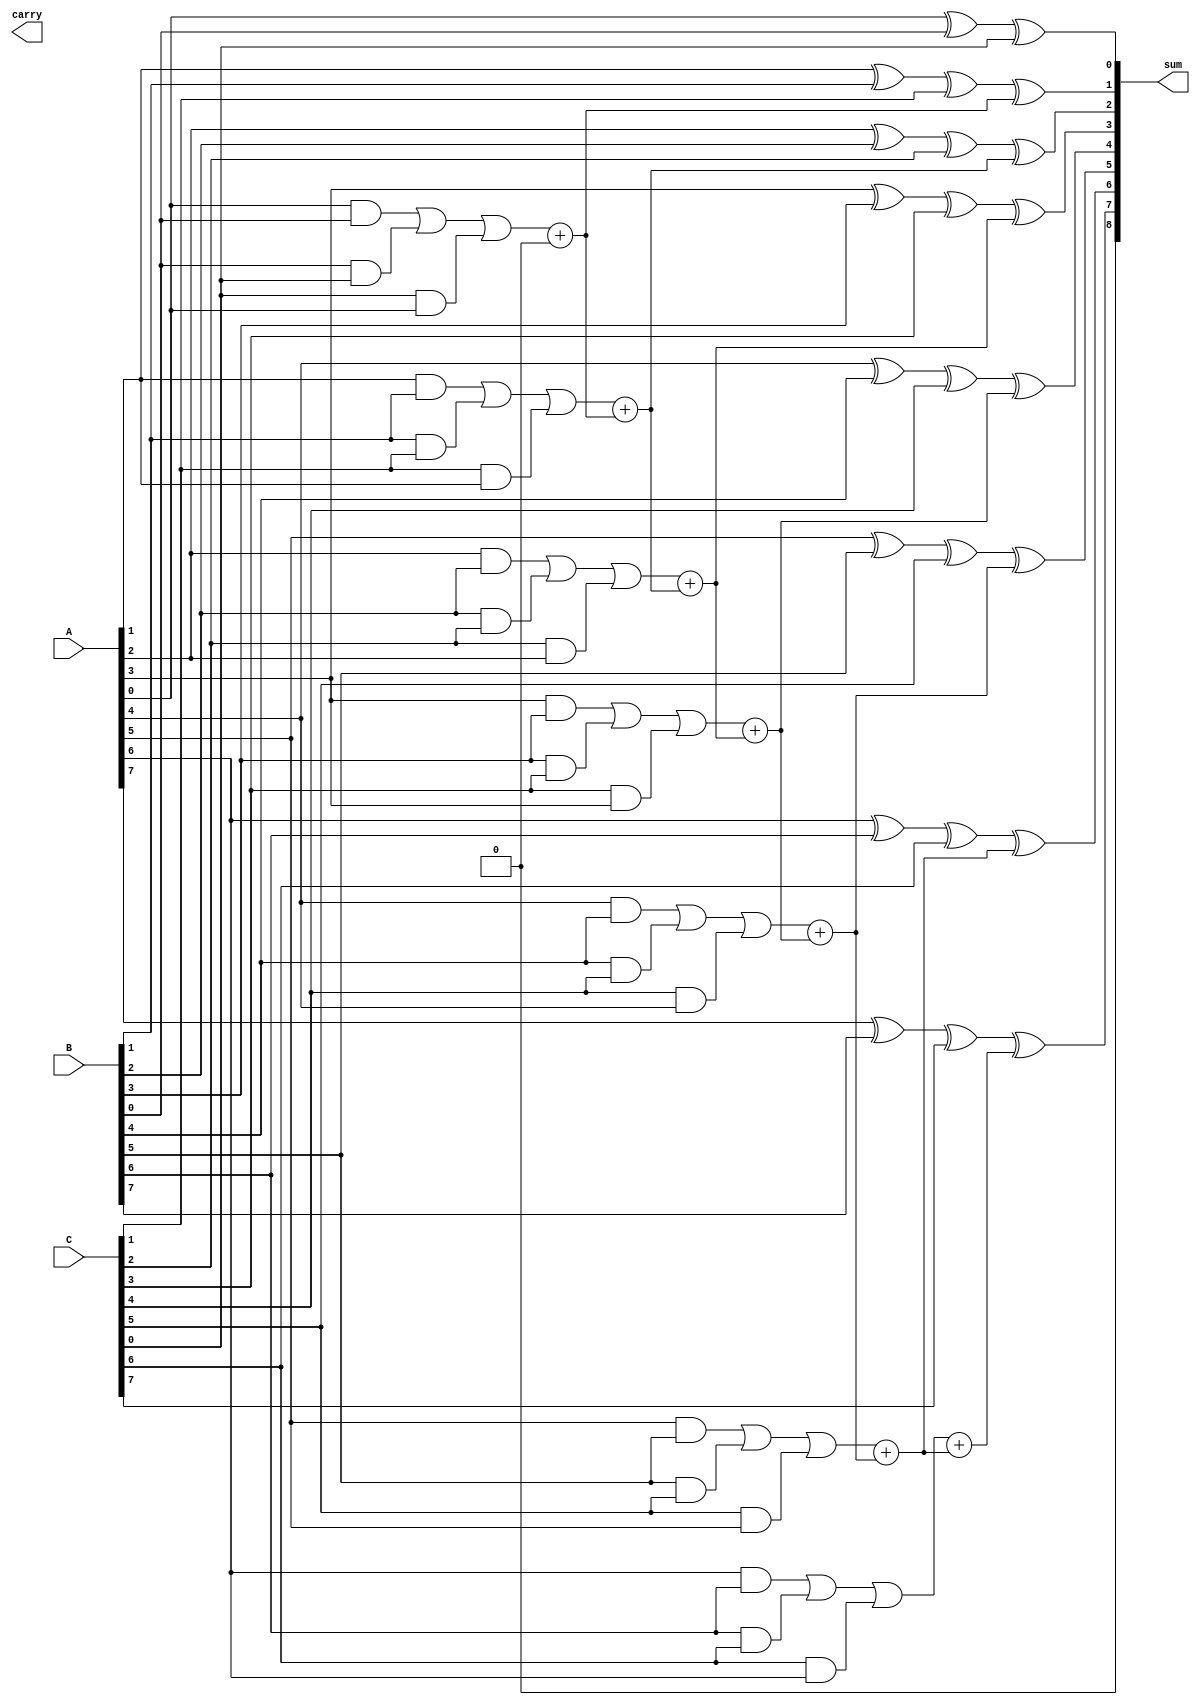
module carry_save_adder #(
    parameter N = 8 // Number of bits for the operands
) (
    input  [N-1:0] A, 
    input  [N-1:0] B, 
    input  [N-1:0] C, 
    output [N:0] sum, 
    output carry
);

    wire [N-1:0] P; // Partial sums
    wire [N-1:0] G; // Generate carries

    // Full adder logic for three operands
    genvar i;
    generate
        for (i = 0; i < N; i = i + 1) begin : full_adder
            assign P[i] = A[i] ^ B[i] ^ C[i]; // Partial sum
            assign G[i] = (A[i] & B[i]) | (B[i] & C[i]) | (C[i] & A[i]); // Carry
        end
    endgenerate
    
    // Reduction Tree to sum the partial sums and carries
    wire [N:0] carry_out;
    wire [N-1:0] partial_sums;
    
    // First stage: Combine partial sums & carries
    assign carry_out[0] = 1'b0; // Initial carry in is zero
    generate
        for (i = 0; i < N; i = i + 1) begin : reduction_tree
            if (i < N - 1) begin
                assign carry_out[i + 1] = G[i] + carry_out[i]; // Sum carries
            end
            assign partial_sums[i] = P[i] ^ carry_out[i]; // Sum of partials including carry
        end
    endgenerate

    // Final sum and carry output
    assign sum = partial_sums;
    assign carry = carry_out[N];

endmodule